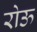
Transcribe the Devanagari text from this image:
रोऊ